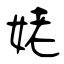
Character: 姥